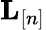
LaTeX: {\mathbf L}_{[n]}